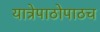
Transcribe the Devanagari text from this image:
यात्रेपाठोपाठच